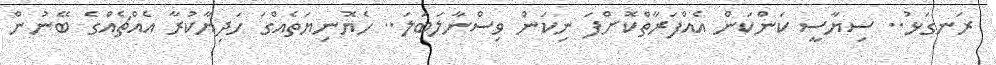
ރަނގަޅު.. ސިޔާސީ ކަންކަން އެއްފަރާތްކޮށްފަ ނިކަން ވިސްނާލަބަލަ.. ހެޔޮނިޔަތެއްގަ ހަދިޔާކުރާ އެއްޗެއްގެ ބޭނުން